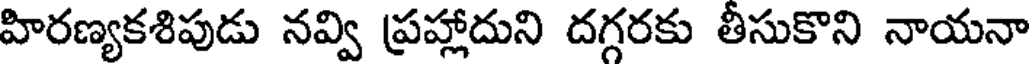
హిరణ్యకశిపుడు నవ్వి ప్రహ్లాదుని దగ్గరకు తీసుకొని నాయనా